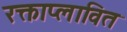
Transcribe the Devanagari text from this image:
रक्ताप्लावित